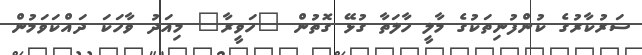
ސަރުކާރުގެ ކުންފުނިތަކުގެ މާލީ ހާލަތާ ގުޅޭ ގޮތުން "ހަވީރާ" މިއަދު ވާހަކަ ދައްކަވަމުން